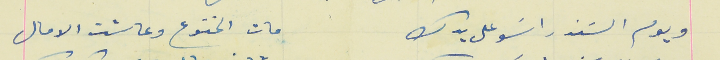
ويوم السَند راسَو على يدك                                مات الخنوع وعاشت الامال